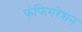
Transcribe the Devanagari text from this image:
कंफिगरेशन